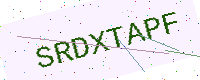
Text: SRDXTAPF